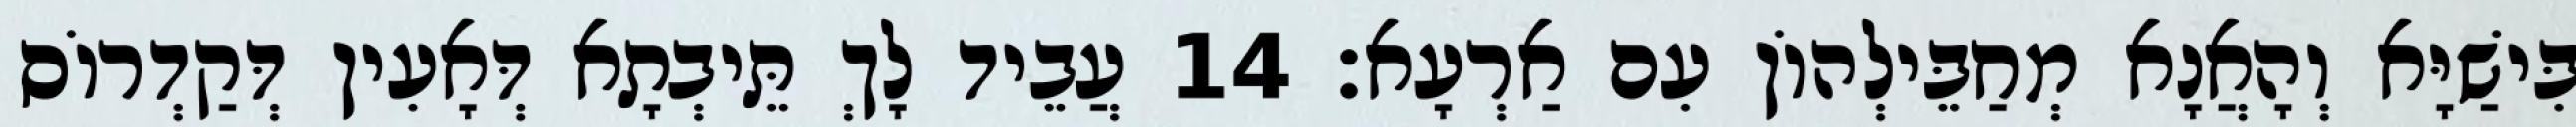
בִּישַׁיָּא וְהָאֲנָא מְחַבֵּילְהוֹן עִם אַרְעָא׃ 14 עֲבֵיד לָךְ תֵּיבְתָא דְּאָעִין דְּקַדְרוֹס